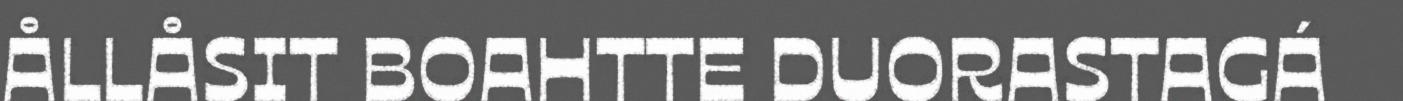
ÅLLÅSIT BOAHTTE DUORASTAGÁ